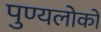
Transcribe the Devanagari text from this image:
पुण्यलोकों